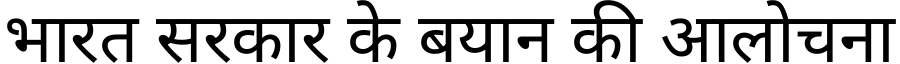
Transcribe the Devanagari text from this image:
भारत सरकार के बयान की आलोचना